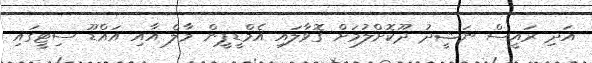
އަދި ރައީސް ނަޝީދު ދޫކޮށްލުމަށް ގޮވާލައި އެމްޑީޕީން މާލެ އާއި އައްޑޫ ސިޓީގައި